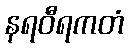
နရဝီရကတံ